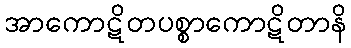
အာကောဋိတပစ္စာကောဋိတာနိ